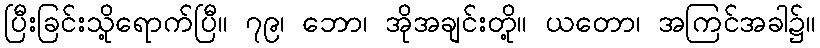
ပြီးခြင်းသို့ရောက်ပြီ။ ၇၉၊ ဘော၊ အိုအချင်းတို့။ ယတော၊ အကြင်အခါ၌။